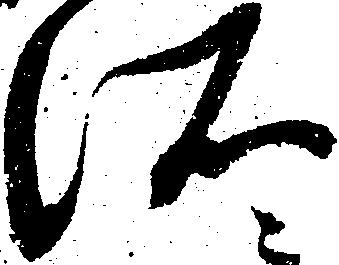
所